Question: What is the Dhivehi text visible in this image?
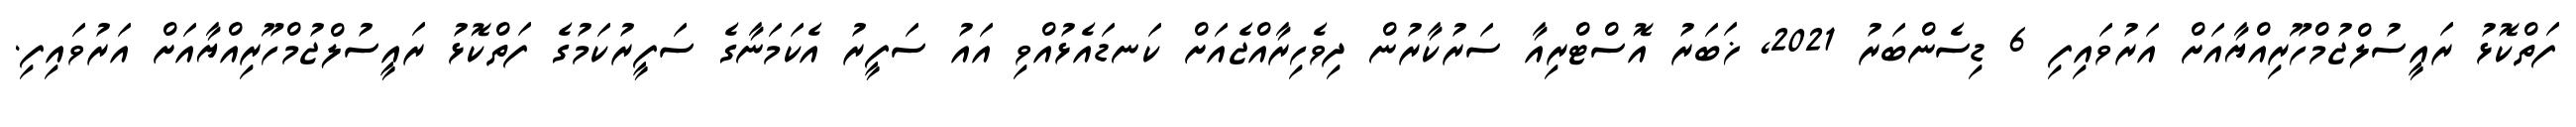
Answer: ފަތްކޮޅު ރައީސުލްޖުމްހޫރިއްޔާއަށް އަރުވައިފި 6 ޑިސެންބަރު 2021, ޚަބަރު އޮސްޓްރިއާ ސަރުކާރުން ދިވެހިރާއްޖެއަށް ކަނޑައެޅުއްވި އައު ސަފީރު އެކަމަނާގެ ސަފީރުކަމުގެ ފަތްކޮޅު ރައީސުލްޖުމްހޫރިއްޔާއަށް އަރުވައިފި.